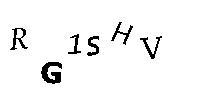
RG1SHV